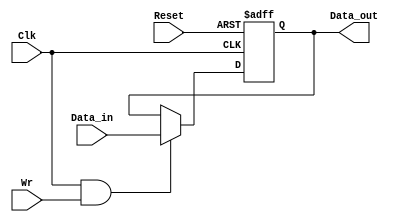
`timescale 1ns / 1ps
module Register32(
input [31:0] Data_in,
output reg[31:0] Data_out,
input Wr, //Sync.
input Reset, //Async.
input Clk
    );

//
//Write your code below
//

always @ (posedge Clk or posedge Reset)
begin
	if(Reset)
		Data_out = 0;
	else if(Clk & Wr)
		Data_out = Data_in;
end
endmodule